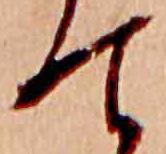
て